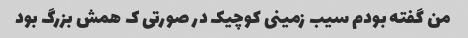
من گفته بودم سیب زمینی کوچیک در صورتی ک همش بزرگ بود